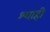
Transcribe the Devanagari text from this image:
श्याही